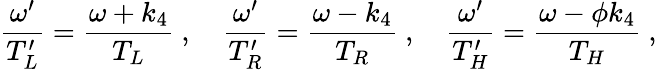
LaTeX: {\frac{\omega^{\prime}}{T_{L}^{\prime}}}={\frac{\omega+k_{4}}{T_{L}}}\ ,\quad{\frac{\omega^{\prime}}{T_{R}^{\prime}}}={\frac{\omega-k_{4}}{T_{R}}}\ ,\quad{\frac{\omega^{\prime}}{T_{H}^{\prime}}}={\frac{\omega-\phi k_{4}}{T_{H}}}\ ,